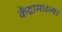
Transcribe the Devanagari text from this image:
केंद्रामधल्या